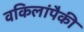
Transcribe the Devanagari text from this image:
वकिलांपैकी